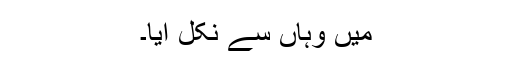
میں وہاں سے نکل آیا۔